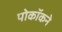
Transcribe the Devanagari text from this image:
पोकॉकने